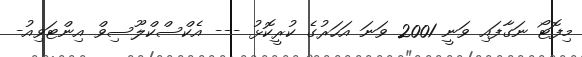
މިފޮޓޯ ނަގާފައި ވަނީ 2001 ވަނަ އަހަރުގެ ކުރީކޮޅު --- އެކްސްކްލޫސިވް އިންޓަވިއު-